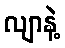
လျာနဲ့